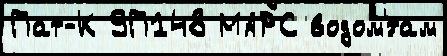
Пат-К 9П148 МАРС водом'́там